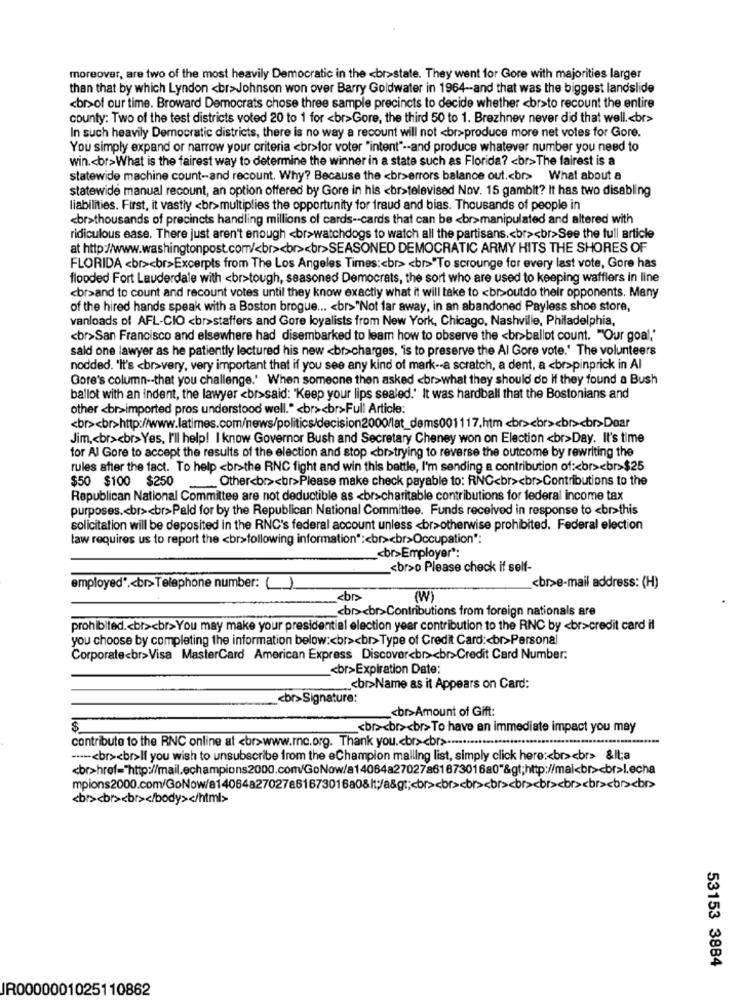
moreover, are two of the most heavily Democratic in the <br>state. They went for Gore with majorities larger
than that by which Lyndon <br>Johnson won over Barry Goldwater in 1964 -- and that was the biggest landslide
<br>of our time. Broward Democrats chose three sample precincts to decide whether <br>to recount the entire
county: Two of the test districts voted 20 to 1 for <br>Gore, the third 50 to 1. Brezhnev never did that well .< br>
In such heavily Democratic districts, there is no way a recount will not <br>produce more net votes for Gore.
You simply expand or narrow your criteria <br>lor voter "intent" -- and produce whatever number you need to
win .< br>What is the fairest way to determine the winner in a state such as Florida? < br>The fairest is a
statewide machine count-and recount. Why? Because the <br>errors balance out .< br> What about a
statewide manual recount, an option offered by Gore in his <br>televised Nov. 15 gambit? It has two disabling
liabilities. First, it vastly <br>multiplies the opportunity for fraud and bias. Thousands of people in
<br>thousands of precincts handling millions of cards -- cards that can be <br>manipulated and altered with
ridiculous ease. There just aren't enough <br>watchdogs to watch all the partisans .< br><br>See the full article
at http://www.washingtonpost.com/<br><br><br>SEASONED DEMOCRATIC ARMY HITS THE SHORES OF
FLORIDA <br><br>Excerpts from The Los Angeles Times :< br> <br>"To scrounge for every last vote, Gore has
flooded Fort Lauderdale with <br>tough, seasoned Democrats, the sort who are used to keeping wafflers in line
<br>and to count and recount votes until they know exactly what it will take to <br>outdo their opponents. Many
of the hired hands speak with a Boston brogue ... < br>"Not far away, in an abandoned Payless shoe store,
vanloads of AFL-CIO <br>staffers and Gore loyalists from New York, Chicago, Nashville, Philadelphia,
<br>San Francisco and elsewhere had disembarked to leam how to observe the <br>ballot count. "Our goal,'
sald one lawyer as he patiently lectured his new <br>charges, is to preserve the Al Gore vote.' The volunteers
nodded. "It's <br>very, very important that if you see any kind of mark -- a scratch, a dent, a <br>pinprick in Al
Gore's column -- that you challenge.' When someone then asked <br>what they should do if they found a Bush
ballot with an indent, the lawyer <br>said: "Keep your lips sealed.' It was hardball that the Bostonians and
other <br>imported pros understood well." <br><br>Full Article:
<br><br>http://www.latimes.com/news/politics/decision2000/lat_dems001117.htm <br><br><br><br>Dear
Jim ,< br><br>Yes, I'll help! I know Governor Bush and Secretary Cheney won on Election <br>Day. It's time
for Al Gore to accept the results of the election and stop <br>trying to reverse the outcome by rewriting the
rules after the fact. To help <br>the RNC fight and win this battle, I'm sending a contribution of :< br><br>$25
$50 $100 $250
Other<br><br>Please make check payable to: RNC<br><br>Contributions to the
Republican National Committee are not deductible as <br>charitable contributions for federal income tax
purposes .< br><br>Pald for by the Republican National Committee. Funds received in response to <br>this
solicitation will be deposited in the RNC's federal account unless <br>otherwise prohibited. Federal election
law requires us to report the <br>following information :< br><br>Occupation":
_< br>Employer":
<br>o Please check if self-
employed. < br>Telephone number: ()
<br>e-mail address: (H)
<br
(W)
<br><br>Contributions from foreign nationals are
prohibited .< br><br>You may make your presidential election year contribution to the RNC by <br>credit card il
you choose by completing the information below :< br><br>Type of Credit Card :< br>Personal
Corporate<br>Visa MasterCard American Express Discover<br><br>Credit Card Number:
<br>Expiration Date:
_< br>Name as it Appears on Card:
<br>Signature:
_< br>Amount of Gift:
$
<br><br><br>To have an immediate impact you may
contribute to the RNC online at <br>www.mnc.org. Thank you .< br><br> ············.........
-----< br><br>If you wish to unsubscribe from the eChampion mailing list, simply click here :< br><br> &lt;a
<br>href="http://mail.echampions2000.com/GoNow/a14064a2702786167301680"&gt;http://mai<br><br>l.echa
<br><br><br></body> </html>
53153 3884
JR0000001025110862